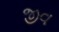
જીવ